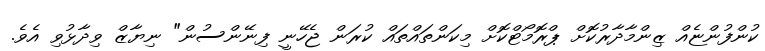
ކުންފުންޏެއް ޒިންމާދާރުކޮށް ޕްރޮމޯޓްކޮށް މިކަންތައްތައް ކުރަން ޖެހޭނީ ފިނޭންސުން" ނިޔާޒް ވިދާޅުވި އެވެ.